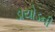
ડાયોડની